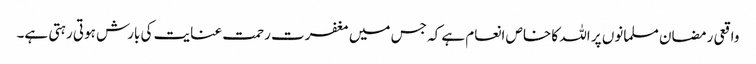
واقعی رمضان مسلمانوں پر اللہ کا خاص انعام ہے کہ جس میں مغفرت رحمت عنایت کی بارش ہوتی رہتی ہے۔